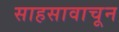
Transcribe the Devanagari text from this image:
साहसावाचून